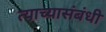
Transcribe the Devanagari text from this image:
त्याच्यासंबंधी